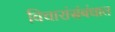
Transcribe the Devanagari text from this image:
विचारांसंबंधात